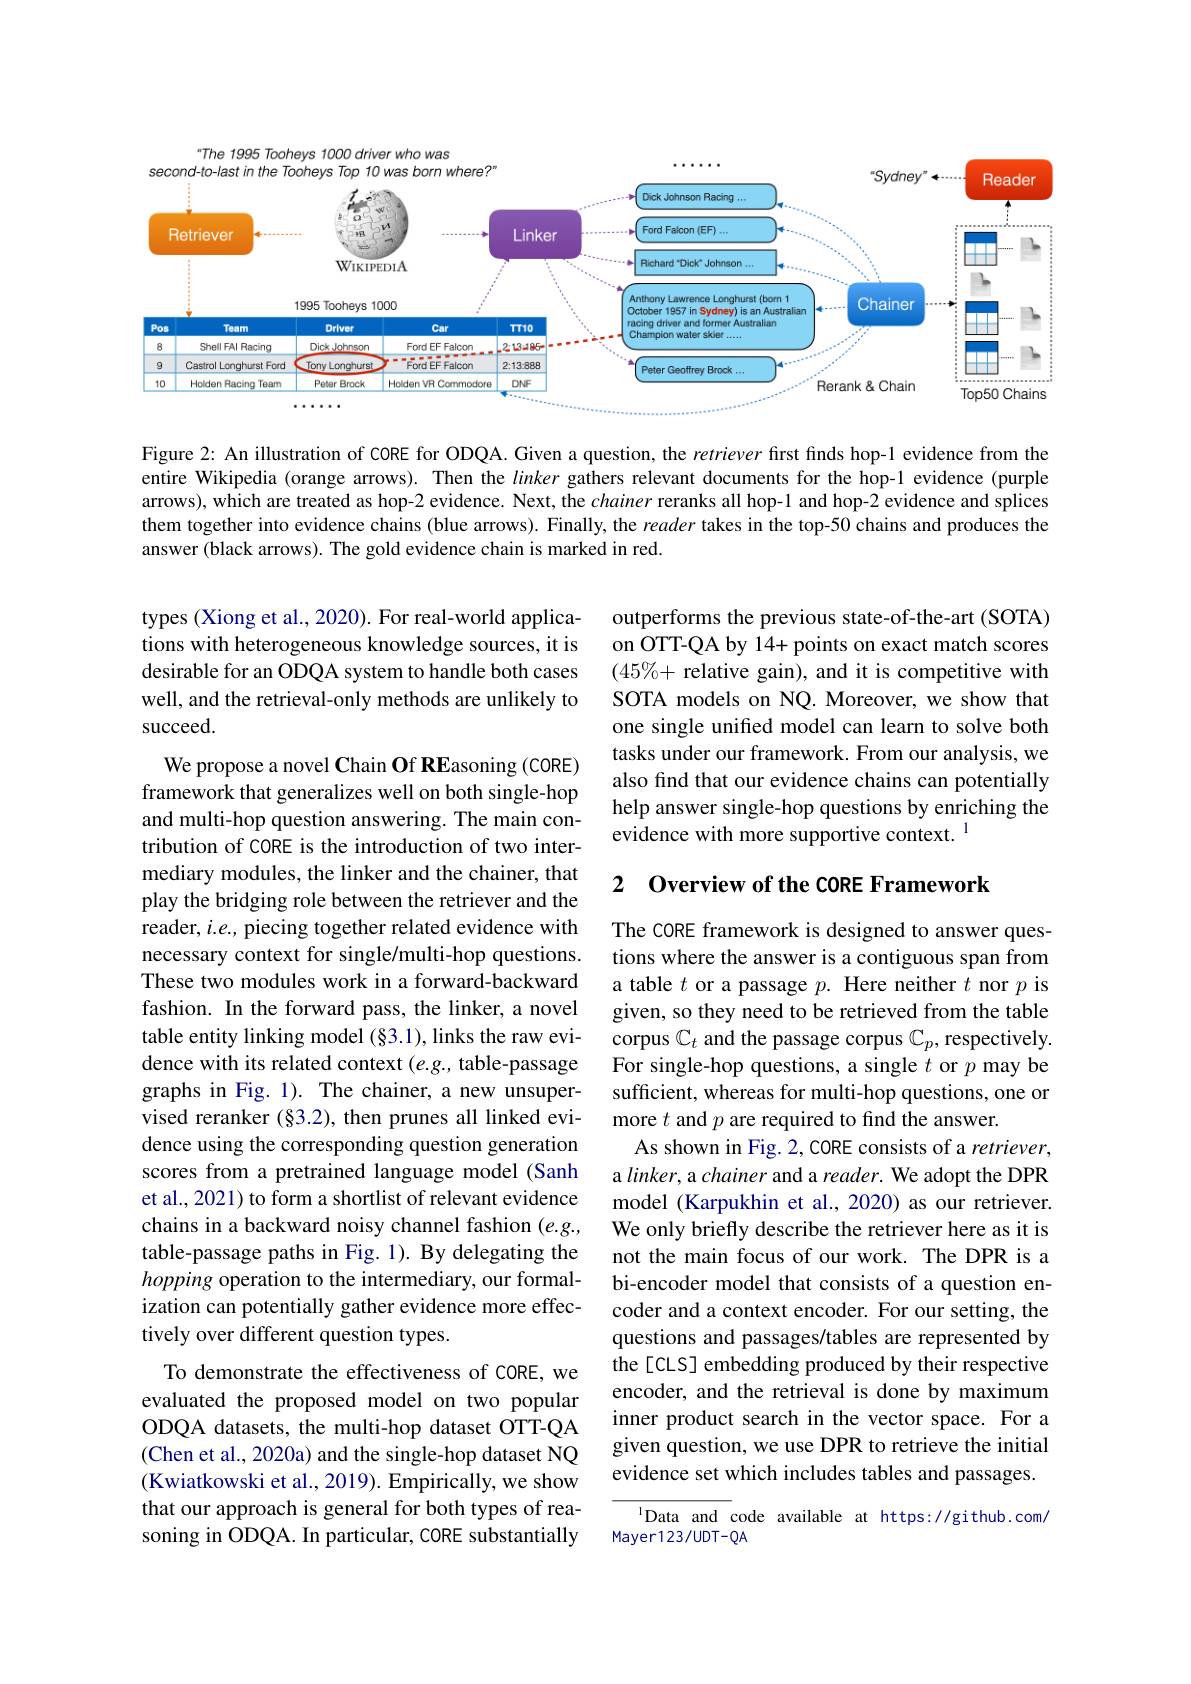
<FigureHere>

Figure 2: An illustration of CORE for ODQA. Given a question, the retriever first finds hop-1 evidence from the entire Wikipedia (orange arrows). Then the linker gathers relevant documents for the hop-1 evidence (purple arrows), which are treated as hop-2 evidence. Next, the chainer reranks all hop-1 and hop-2 evidence and splices them together into evidence chains (blue arrows). Finally, the reader takes in the top-50 chains and produces the answer (black arrows). The gold evidence chain is marked in red.

types (Xiong et al., 2020). For real-world applications with heterogeneous knowledge sources, it is desirable for an ODQA system to handle both cases well, and the retrieval-only methods are unlikely to succeed.

outperforms the previous state-of-the-art (SOTA) on OTT-QA by 14+ points on exact match scores $(45\%+$ relative gain), and it is competitive with SOTA models on NQ. Moreover, we show that one single unified model can learn to solve both tasks under our framework. From our analysis, we also find that our evidence chains can potentially help answer single-hop questions by enriching the evidence with more supportive context.$^{1}$

### 2 $\textbf{Overview of the CORE Framework}$

We propose a novel Chain Of REasoning (CORE) framework that generalizes well on both single-hop and multi-hop question answering. The main contribution of CORE is the introduction of two intermediary modules, the linker and the chainer, that play the bridging role between the retriever and the reader, $i.e.$, piecing together related evidence with necessary context for single/multi-hop questions. These two modules work in a forward-backward fashion. In the forward pass, the linker, a novel table entity linking model (§3.1), links the raw evidence with its related context $(e.g.$, table-passage graphs in Fig. 1). The chainer, a new unsupervised reranker $(\S3.2)$, then prunes all linked evidence using the corresponding question generation scores from a pretrained language model (Sanh et al., 2021) to form a shortlist of relevant evidence chains in a backward noisy channel fashion $(e.g.$, table-passage paths in Fig. 1). By delegating the hopping operation to the intermediary, our formalization can potentially gather evidence more effectively over different question types.
To demonstrate the effectiveness of CORE, we evaluated the proposed model on two popular ODQA datasets, the multi-hop dataset OTT-QA (Chen et al., 2020a) and the single-hop dataset NQ (Kwiatkowski et al., 2019). Empirically, we show that our approach is general for both types of reasoning in ODQA. In particular, CORE substantially

The CORE framework is designed to answer questions where the answer is a contiguous span from a table $t$ or a passage $p.$ Here neither $t$ nor $p$ is given, so they need to be retrieved from the table corpus $\mathbb{C}_t$ and the passage corpus $\mathbb{C}_p$,respectively. For single-hop questions, a single $t$ or $p$ may be sufficient, whereas for multi-hop questions, one or more $t$ and $p$ are required to find the answer.
As shown in Fig. 2, CORE consists of a retriever, a linker, a chainer and a reader. We adopt the DPR model (Karpukhin et al., 2020) as our retriever. We only briefly describe the retriever here as it is not the main focus of our work. The DPR is a bi-encoder model that consists of a question encoder and a context encoder. For our setting, the questions and passages/tables are represented by the[CLS] embedding produced by their respective encoder, and the retrieval is done by maximum inner product search in the vector space. For a given question, we use DPR to retrieve the initial evidence set which includes tables and passages.

$^{1}$Data and code available at https://github.com/
Mayer123/UDT-QA